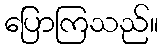
ပြောကြသည်။